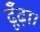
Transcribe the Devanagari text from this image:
ढूँढ़ा।